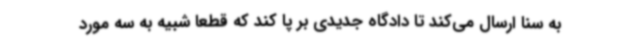
به سنا ارسال می‌کند تا دادگاه جدیدی بر پا کند که قطعا شبیه به سه مورد